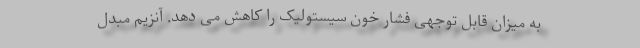
به میزان قابل توجهی فشار خون سیستولیک را کاهش می دهد. آنزیم مبدل